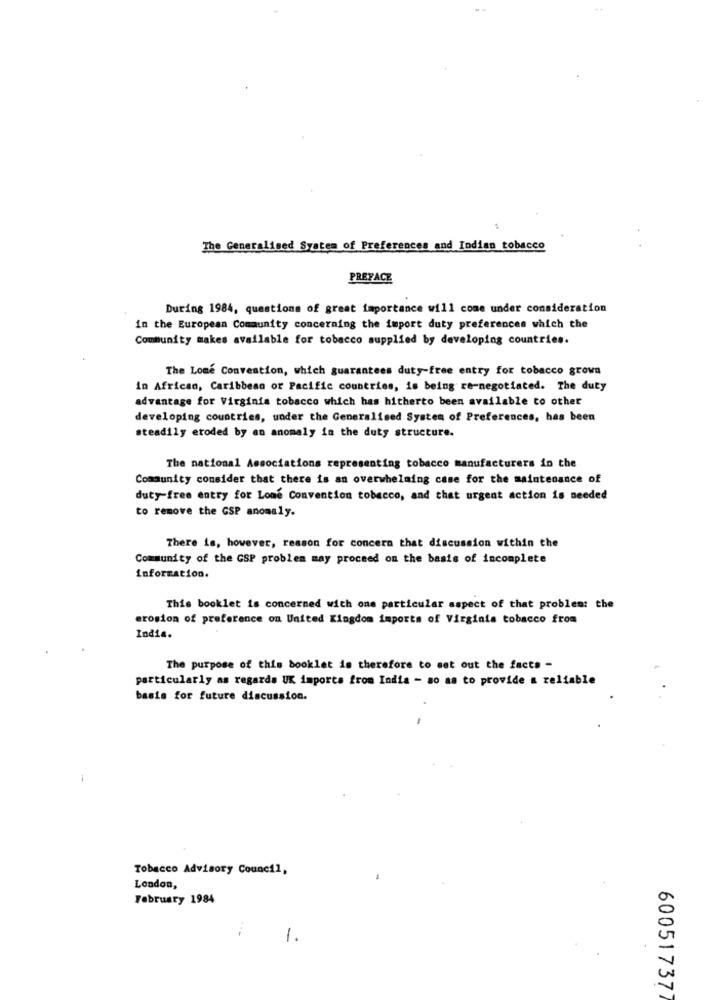
The Generalised System of Preferences and Indian tobacco
PREFACE
During 1984, questions of great importance will come under consideration
in the European Community concerning the import duty preferences which the
Community makes available for tobacco supplied by developing countries.
The Lone Convention, which guarantees duty-free entry for tobacco grown
in African, Caribbean or Pacific countries, is being re-negotiated. The duty
advantage for Virginia tobacco which has hitherto been available to other
developing countries, under the Generalised System of Preferences, has been
steadily eroded by an anomaly in the duty structure.
The national Associations representing tobacco manufacturers in the
Community consider that there is an overwhelming case for the maintenance of
duty-free entry for Lone Convention tobacco, and that urgent action is needed
to remove the GSP anomaly.
There is, however, reason for concern that discussion within the
Community of the CSP problem may proceed on the basis of incomplete
information.
This booklet is concerned with one particular aspect of that problem: the
erosion of preference on United Kingdom importa of Virginia tobacco from
India.
The purpose of this booklet is therefore to set out the facts -
particularly as regards UK importa from India - so as to provide a reliable
basis for future discussion.
Tobacco Advisory Council,
London,
February 1984
1.
60051737